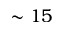
\sim 1 5